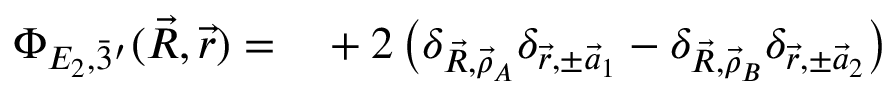
\begin{array} { r l } { \Phi _ { E _ { 2 } , \Bar 3 ^ { \prime } } ( \vec { R } , \vec { r } ) = } & { { } + 2 \, \big ( \delta _ { \vec { R } , \vec { \rho } _ { A } } \delta _ { \vec { r } , \pm \vec { a } _ { 1 } } - \delta _ { \vec { R } , \vec { \rho } _ { B } } \delta _ { \vec { r } , \pm \vec { a } _ { 2 } } \big ) } \end{array}